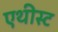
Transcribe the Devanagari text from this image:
एथीस्ट